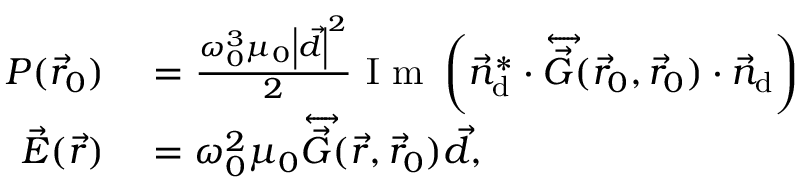
\begin{array} { r l } { P ( \vec { r } _ { 0 } ) } & { { } = \frac { { \omega _ { 0 } ^ { 3 } } { \mu _ { 0 } } \left| \vec { d } \right| ^ { 2 } } { 2 } \mathrm { ~ I ~ m ~ } \left( \vec { n } _ { \mathrm { d } } ^ { * } \cdot \overleftrightarrow { \vec { G } } ( { \vec { r } } _ { 0 } , { \vec { r } } _ { 0 } ) \cdot \vec { n } _ { \mathrm { d } } \right) } \\ { { \vec { E } } ( { \vec { r } } ) } & { { } = { \omega _ { 0 } ^ { 2 } } { \mu _ { 0 } } \overleftrightarrow { \vec { G } } ( { \vec { r } } , { \vec { r } } _ { 0 } ) { \vec { d } } , } \end{array}